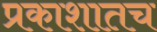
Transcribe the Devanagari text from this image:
प्रकाशातच